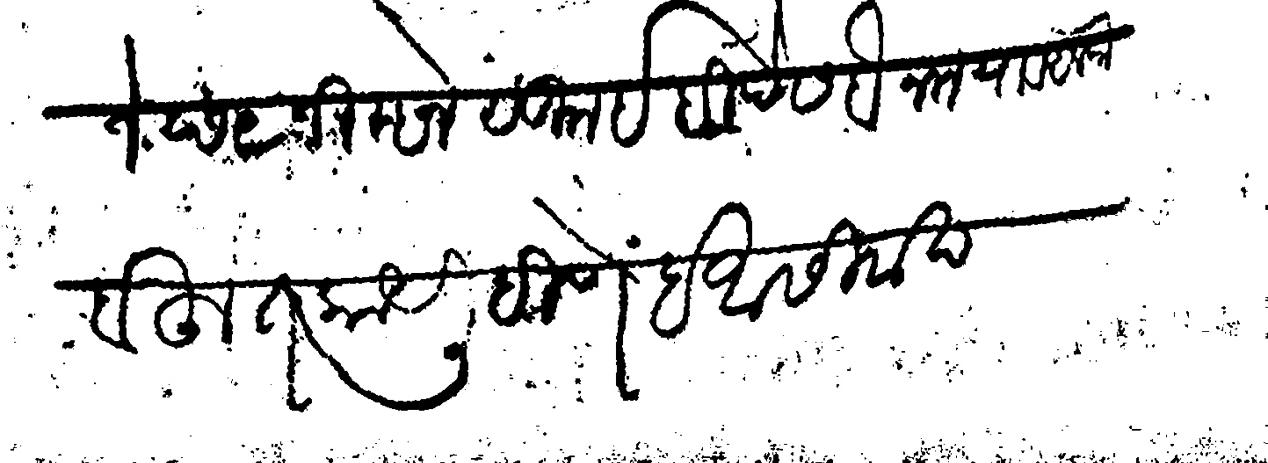
Transliteration (Devanagari): जाणिजे छ९ जिल्हेज सु इहिदे सबैन मया व अलफ बहुत काय लिहिणे हे आसिर्वाद